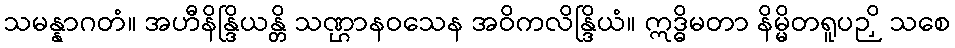
သမန္နာဂတံ။ အဟီနိန္ဒြိယန္တိ သဏ္ဌာနဝသေန အဝိကလိန္ဒြိယံ။ ဣဒ္ဓိမတာ နိမ္မိတရူပဉှိ သစေ